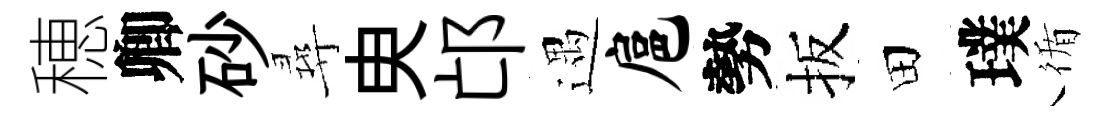
穂卿砂尋㬰邙遇扈勢扳田璞循